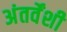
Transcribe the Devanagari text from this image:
अंतर्वेंशी